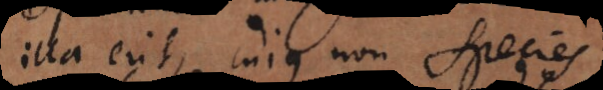
illa erit, cujus non species